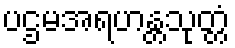
ပဌမအရဟန္တသုတ္တံ